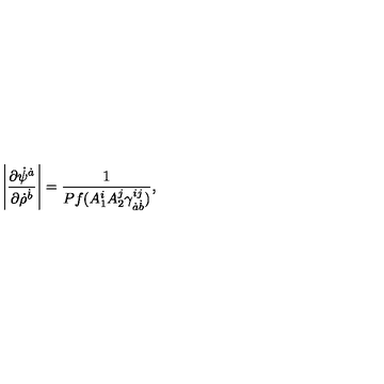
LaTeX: \left| { \frac { \partial \dot { \psi } ^ { \dot { a } } } { \partial \dot { \rho } ^ { \dot { b } } } } \right| = { \frac { 1 } { P f ( A _ { 1 } ^ { i } A _ { 2 } ^ { j } \gamma _ { \dot { a } \dot { b } } ^ { i j } ) } } ,